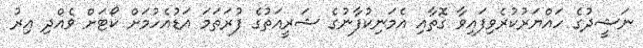
ނަޝީދުގެ ހައްޔަރުކުރެވިފައިވާ ގޮތާއި އެމަނިކުފާނުގެ ޝަރީއަތުގެ ފުރަތަމަ އަޑުއެހުމަށް ކޯޓަށް ވެއްދި އިރު